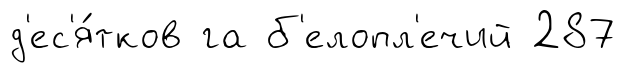
д'ес'я́тков га б'елопл'ечий 287